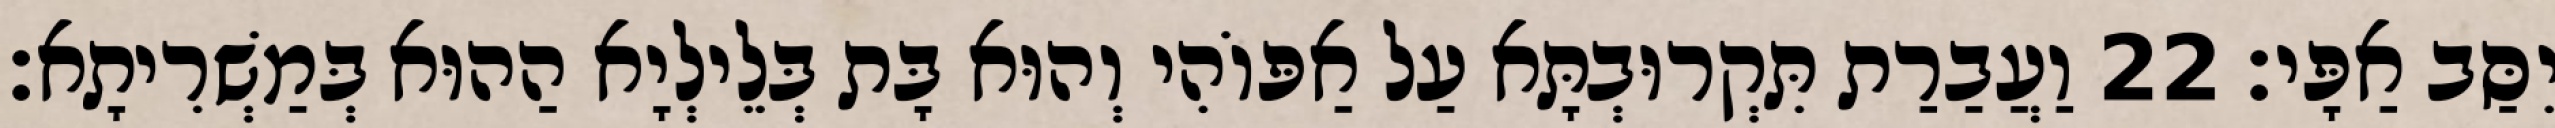
יִסַּב אַפָּי׃ 22 וַעֲבַרַת תִּקְרוּבְתָּא עַל אַפּוֹהִי וְהוּא בָּת בְּלֵילְיָא הַהוּא בְּמַשְׁרִיתָא׃